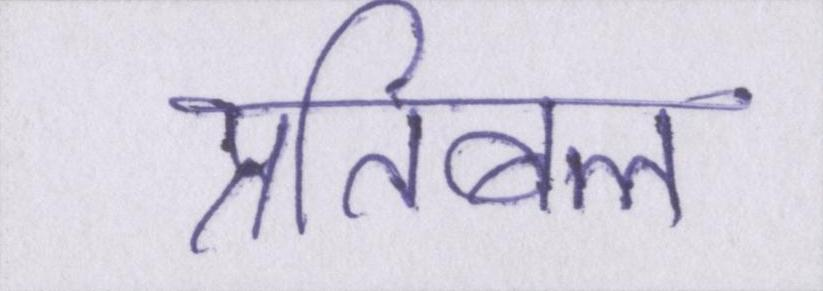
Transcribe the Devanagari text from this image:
प्रतिबल